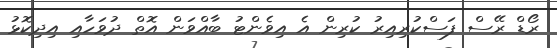
ރޯޑް ރޭސް ފަސްކުރިއިރު ކުރިން އެ އިވެންޓު ބާއްވަން އޮތް ދުވަހާއި އިދިކޮޅު